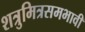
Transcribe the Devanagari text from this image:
शत्रुमित्रसमभावी